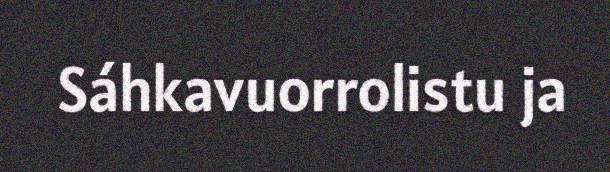
Sáhkavuorrolistu ja